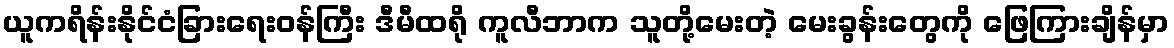
ယူကရိန်းနိုင်ငံခြားရေးဝန်ကြီး ဒီမီထရို ကူလီဘာက သူတို့မေးတဲ့ မေးခွန်းတွေကို ဖြေကြားချိန်မှာ